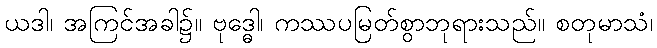
ယဒါ၊ အကြင်အခါ၌။ ဗုဒ္ဓေါ၊ ကဿပမြတ်စွာဘုရားသည်။ စတုမာသံ၊